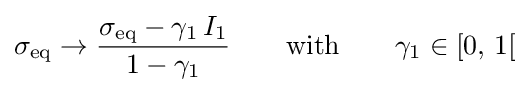
\sigma _{\mathrm {eq} }\rightarrow {\frac {\sigma _{\mathrm {eq} }-\gamma _{1}\,I_{1}}{1-\gamma _{1}}}\qquad {\mbox{with}}\qquad \gamma _{1}\in [0,\,1[